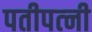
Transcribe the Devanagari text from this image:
पतीपत्‍नी